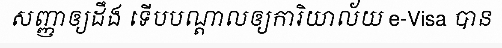
សញ្ញាឲ្យដឹង ទើបបណ្តាលឲ្យការិយាល័យ e-Visa បាន